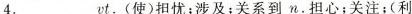
4.______vt.(使)担忧；涉及；关系到n.担心；关注；(利